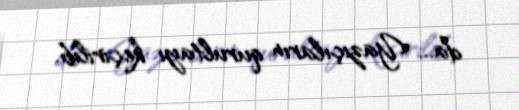
da... Yazıçıların qurultayı keçirilib.